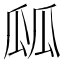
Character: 㼌